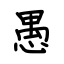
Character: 愚